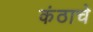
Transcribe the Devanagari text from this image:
कंठाचे